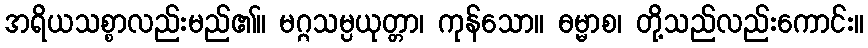
အရိယသစ္စာလည်းမည်၏။ မဂ္ဂသမ္ပယုတ္တာ၊ ကုန်သော။ ဓမ္မာစ၊ တို့သည်လည်းကောင်း။